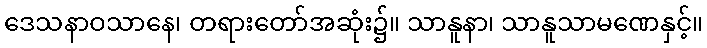
ဒေသနာဝသာနေ၊ တရားတော်အဆုံး၌။ သာနူနာ၊ သာနူသာမဏေနှင့်။